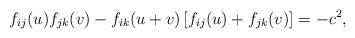
LaTeX: \begin{align*}f_{ij}(u) f_{jk}(v) - f_{ik}(u+v) \left[f_{ij}(u) + f_{jk}(v)\right] = - c^2, \end{align*}